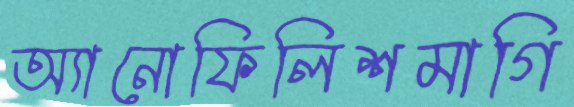
অ্যানোফিলিশমাগি